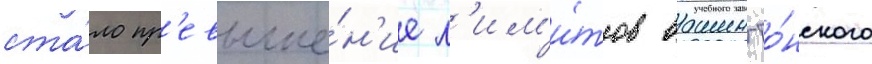
ста́ло пр'евыше́н'ие л'им'и́тов вашингто́нского